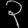
Digit: ၃